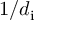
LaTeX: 1 / d _ { \mathrm { i } }